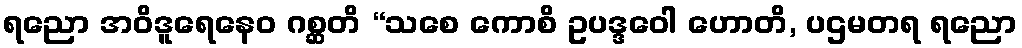
ရညော အဝိဒူရေနေဝ ဂစ္ဆတိ “သစေ ကောစိ ဥပဒ္ဒဝေါ ဟောတိ, ပဌမတရ ရညော